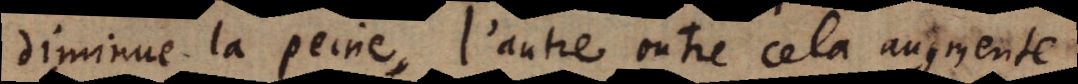
diminue la peine, l’autre outre cela augmente